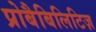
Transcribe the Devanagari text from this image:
प्रोबैबिलिटिज़